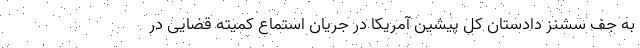
به جف سشنز دادستان کل پیشین آمریکا در جریان استماع کمیته قضایی در